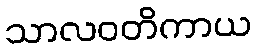
သာလဝတိကာယ